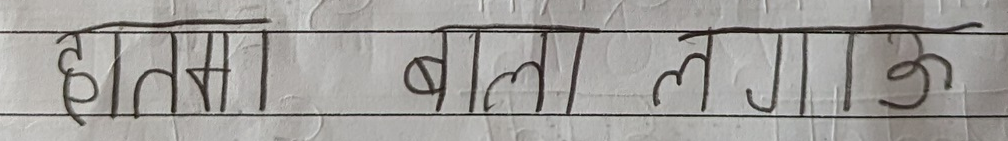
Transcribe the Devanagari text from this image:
हातमा, बाला, लगारु